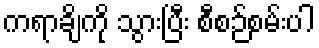
ကရာချိကို သွားပြီး စီစဉ်စမ်းပါ